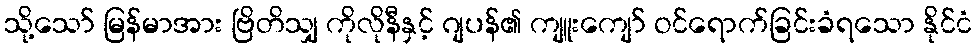
သို့သော် မြန်မာအား ဗြိတိသျှ ကိုလိုနီနှင့် ဂျပန်၏ ကျူးကျော် ဝင်ရောက်ခြင်းခံရသော နိုင်ငံ